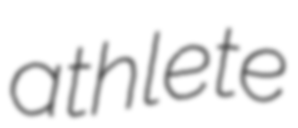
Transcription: athlete